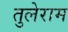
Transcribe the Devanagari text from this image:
तुलेराम